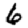
Digit: 6